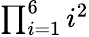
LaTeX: \textstyle\prod_{i=1}^{6}i^{2}